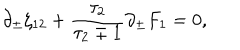
LaTeX: \partial _ { \pm } \zeta _ { 1 2 } + { \frac { \tau _ { 2 } } { \tau _ { 2 } \mp 1 } } \partial _ { \pm } F _ { 1 } = 0 ,